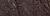
۲۸د۶۷۲۷۴